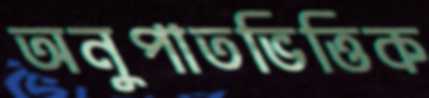
অনুপাতভিত্তিক